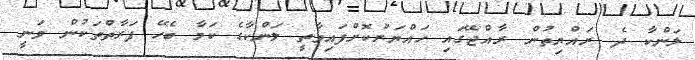
ލަންކާ ދެ ރައްޔިތުން ރާއްޖޭގައި ހައްޔަރުކޮށްފައިވާތީ ލަންކާގެ ކަމާ ބެހޭ ފަރާތްތަކުން ވަނީ